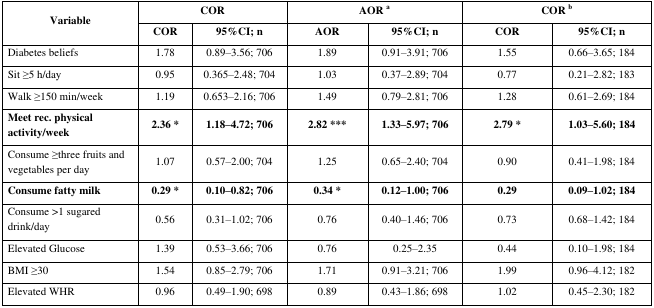
<table><thead><tr><td rowspan="2"><b>Variable</b></td><td colspan="2"><b>COR</b></td><td colspan="2"><b>AOR <sup>a</sup></b></td><td colspan="2"><b>COR <sup>b</sup></b></td></tr><tr><td><b>COR</b></td><td><b>95%CI; n</b></td><td><b>AOR</b></td><td><b>95%CI; n</b></td><td><b>COR</b></td><td><b>95%CI; n</b></td></tr></thead><tbody><tr><td>Diabetes beliefs </td><td>1.78</td><td>0.89–3.56; 706</td><td>1.89</td><td>0.91–3.91; 706</td><td>1.55</td><td>0.66–3.65; 184</td></tr><tr><td>Sit ≥5 h/day</td><td>0.95</td><td>0.365–2.48; 704</td><td>1.03</td><td>0.37–2.89; 704</td><td>0.77</td><td>0.21–2.82; 183</td></tr><tr><td>Walk ≥150 min/week</td><td>1.19</td><td>0.653–2.16; 706</td><td>1.49</td><td>0.79–2.81; 706</td><td>1.28</td><td>0.61–2.69; 184</td></tr><tr><td><b>Meet rec. physical activity/week </b></td><td><b>2.36 *</b></td><td><b>1.18–4.72; 706</b></td><td><b>2.82 ***</b></td><td><b>1.33–5.97; 706</b></td><td><b>2.79 *</b></td><td><b>1.03–5.60; 184</b></td></tr><tr><td>Consume ≥three fruits and vegetables per day</td><td>1.07</td><td>0.57–2.00; 704</td><td>1.25</td><td>0.65–2.40; 704</td><td>0.90</td><td>0.41–1.98; 184</td></tr><tr><td><b>Consume fatty milk</b></td><td><b>0.29 *</b></td><td><b>0.10–0.82; 706</b></td><td><b>0.34 *</b></td><td><b>0.12–1.00; 706</b></td><td><b>0.29</b></td><td><b>0.09–1.02; 184</b></td></tr><tr><td>Consume &gt;1 sugared drink/day</td><td>0.56</td><td>0.31–1.02; 706</td><td>0.76</td><td>0.40–1.46; 706</td><td>0.73</td><td>0.68–1.42; 184</td></tr><tr><td>Elevated Glucose</td><td>1.39</td><td>0.53–3.66; 706</td><td>0.76</td><td>0.25–2.35</td><td>0.44</td><td>0.10–1.98; 184</td></tr><tr><td>BMI ≥30</td><td>1.54</td><td>0.85–2.79; 706</td><td>1.71</td><td>0.91–3.21; 706</td><td>1.99</td><td>0.96–4.12; 182</td></tr><tr><td>Elevated WHR</td><td>0.96</td><td>0.49–1.90; 698</td><td>0.89</td><td>0.43–1.86; 698</td><td>1.02</td><td>0.45–2.30; 182</td></tr></tbody></table>